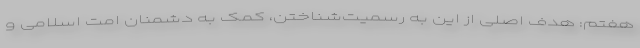
هفتم: هدف اصلی از این به رسمیت‌شناختن، کمک به دشمنان امت اسلامی و